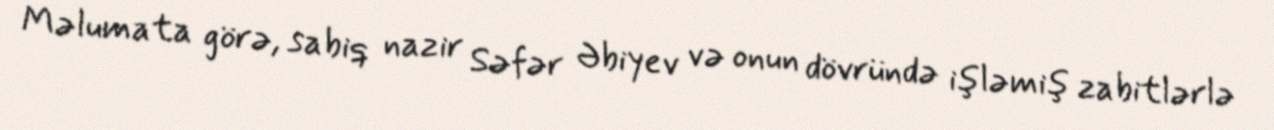
Məlumata görə, sabiq nazir Səfər Əbiyev və onun dövründə işləmiş zabitlərlə